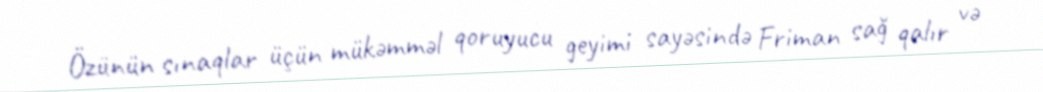
Özünün sınaqlar üçün mükəmməl qoruyucu geyimi sayəsində Friman sağ qalır və